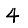
Digit: 4